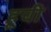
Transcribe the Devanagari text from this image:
हूची